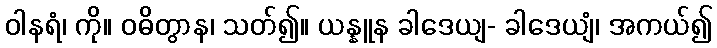
ဝါနရံ၊ ကို။ ဝဓိတွာန၊ သတ်၍။ ယန္နူန ခါဒေယျ- ခါဒေယျံ၊ အကယ်၍